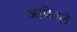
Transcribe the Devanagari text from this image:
आंबिवले